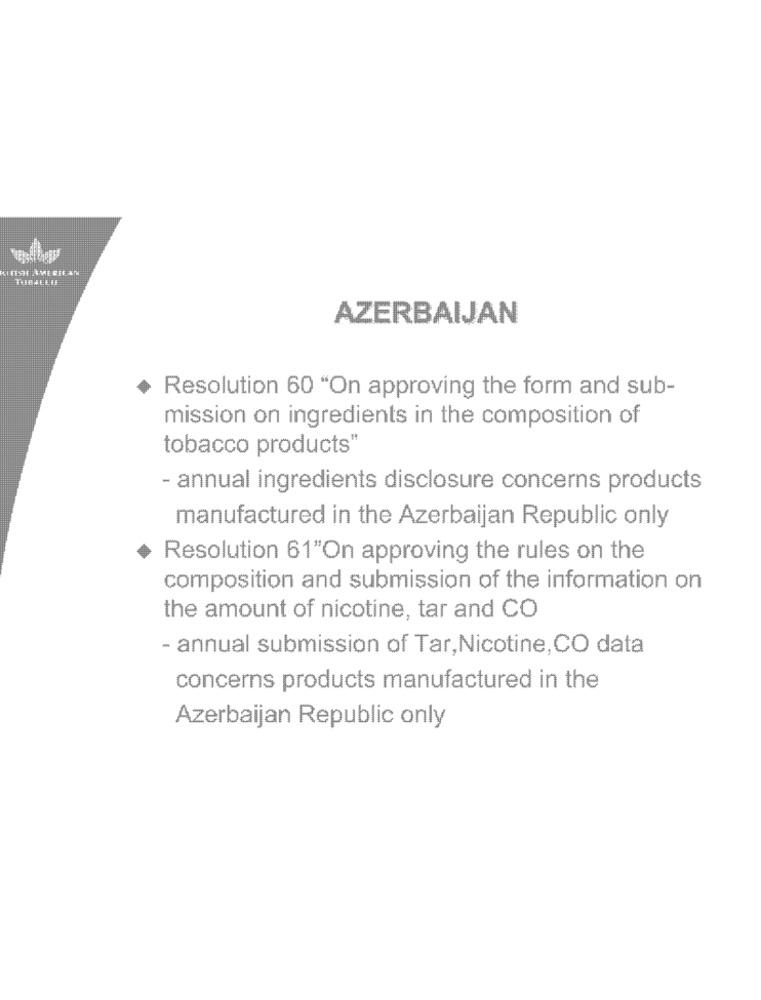
AZERBAIJAN
Resolution 60 "On approving the form and sub-
mission on ingredients in the composition of
tobacco products"
- annual ingredients disclosure concerns products
manufactured in the Azerbaijan Republic only
Resolution 61"On approving the rules on the
composition and submission of the information on
the amount of nicotine, tar and CO
- annual submission of Tar,Nicotine, CO data
concerns products manufactured in the
Azerbaijan Republic only